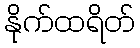
နိုက်ထရိတ်